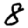
Digit: 8